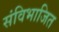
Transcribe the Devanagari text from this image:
संविभाजित